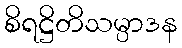
စိရဋ္ဌိတိသမ္ပာဒန